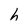
Character: h